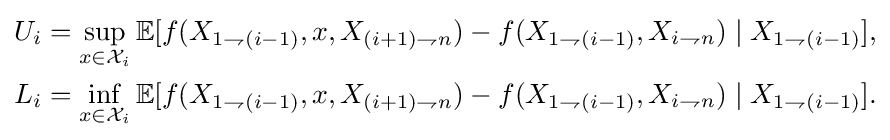
{\begin{aligned}U_{i}&=\sup _{x\in {\mathcal {X}}_{i}}\mathbb {E} [f(X_{1\rightharpoondown (i-1)},x,X_{(i+1)\rightharpoondown n})-f(X_{1\rightharpoondown (i-1)},X_{i\rightharpoondown n})\mid X_{1\rightharpoondown (i-1)}],\\L_{i}&=\inf _{x\in {\mathcal {X}}_{i}}\mathbb {E} [f(X_{1\rightharpoondown (i-1)},x,X_{(i+1)\rightharpoondown n})-f(X_{1\rightharpoondown (i-1)},X_{i\rightharpoondown n})\mid X_{1\rightharpoondown (i-1)}].\\\end{aligned}}